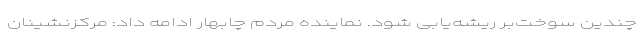
چندین سوخت‌بر ریشه‌یابی شود. نماینده مردم چابهار ادامه داد: مرکزنشینان